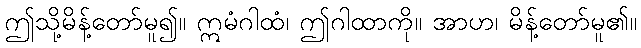
ဤသို့မိန့်တော်မူ၍။ ဣမံဂါထံ၊ ဤဂါထာကို။ အာဟ၊ မိန့်တော်မူ၏။